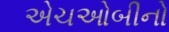
એચઓબીનો